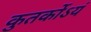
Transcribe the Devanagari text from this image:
कुतर्कोऽयं